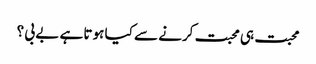
محبت ہی محبت کرنے سے کیا ہوتا ہے بے بی ؟